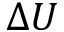
\Delta U